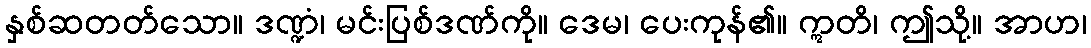
နှစ်ဆတတ်သော။ ဒဏ္ဍံ၊ မင်းပြစ်ဒဏ်ကို။ ဒေမ၊ ပေးကုန်၏။ ဣတိ၊ ဤသို့။ အာဟ၊